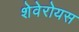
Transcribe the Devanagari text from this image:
शेवेरोयस